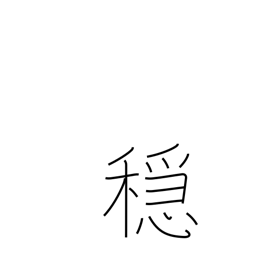
Meaning: moderation